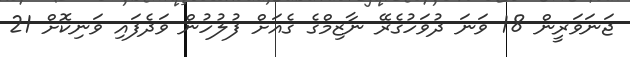
ޖަނަވަރީން 18 ވަނަ ދުވަހުގެރޭ ނާޒިމްގެ ގެއަށް ފުލުހުން ވަދެފައި ވަނިކޮށް 21